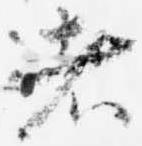
者